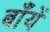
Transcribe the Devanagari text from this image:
बाँयें